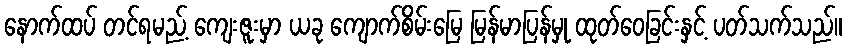
နောက်ထပ် တင်ရမည့် ကျေးဇူးမှာ ယခု ကျောက်စိမ်းမြေ မြန်မာပြန်မှု ထုတ်ဝေခြင်းနှင့် ပတ်သက်သည်။